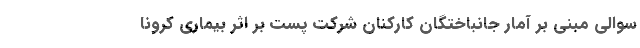
سوالی مبنی بر آمار جانباختگان کارکنان شرکت پست بر اثر بیماری کرونا